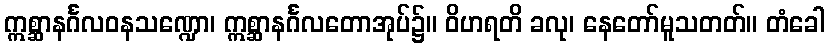
ဣစ္ဆာနင်္ဂလဝနသဏ္ဍော၊ ဣစ္ဆာနင်္ဂလတောအုပ်၌။ ဝိဟရတိ ခလု၊ နေတော်မူသတတ်။ တံခေါ